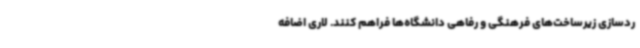
ردسازی زیرساخت‌های فرهنگی و رفاهی دانشگاه‌ها فراهم کنند. لاری اضافه